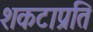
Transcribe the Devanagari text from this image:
शकटाप्रति